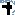
Text: TL072